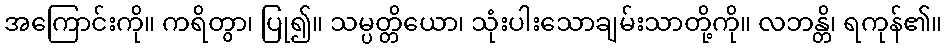
အကြောင်းကို။ ကရိတွာ၊ ပြု၍။ သမ္ပတ္တိယော၊ သုံးပါးသောချမ်းသာတို့ကို။ လဘန္တိ၊ ရကုန်၏။